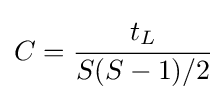
C={\cfrac {t_{L}}{S(S-1)/2}}